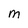
Character: m